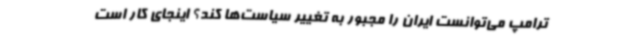
ترامپ می‌توانست ایران را مجبور به تغییر سیاست‌ها کند؟ اینجای کار است